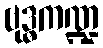
ဗုဒ္ဓကဏ္ဍ